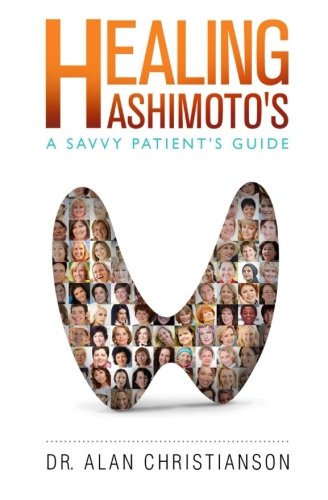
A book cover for Healing Hashimoto's: A Savvy Patient's Guide; Dr. Alan Christianson; Health, Fitness & Dieting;